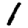
Digit: 1